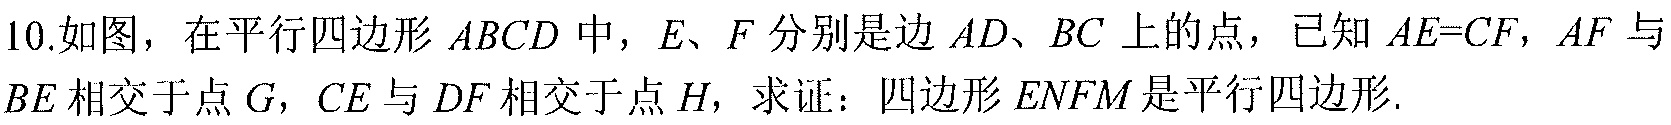
10.如图，在平行四边形 \(ABCD\) 中，\(E\)、\(F\) 分别是边 \(AD\)、\(BC\) 上的点，已知 \(AE = CF\)，\(AF\) 与 \(BE\) 相交于点 \(G\)，\(CE\) 与 \(DF\) 相交于点 \(H\)，求证：四边形 \(ENFM\) 是平行四边形.